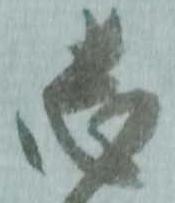
志